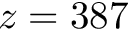
z = 3 8 7